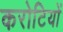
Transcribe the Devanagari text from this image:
करोटियों